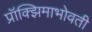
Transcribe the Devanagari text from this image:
प्रॉक्झिमाभोवती